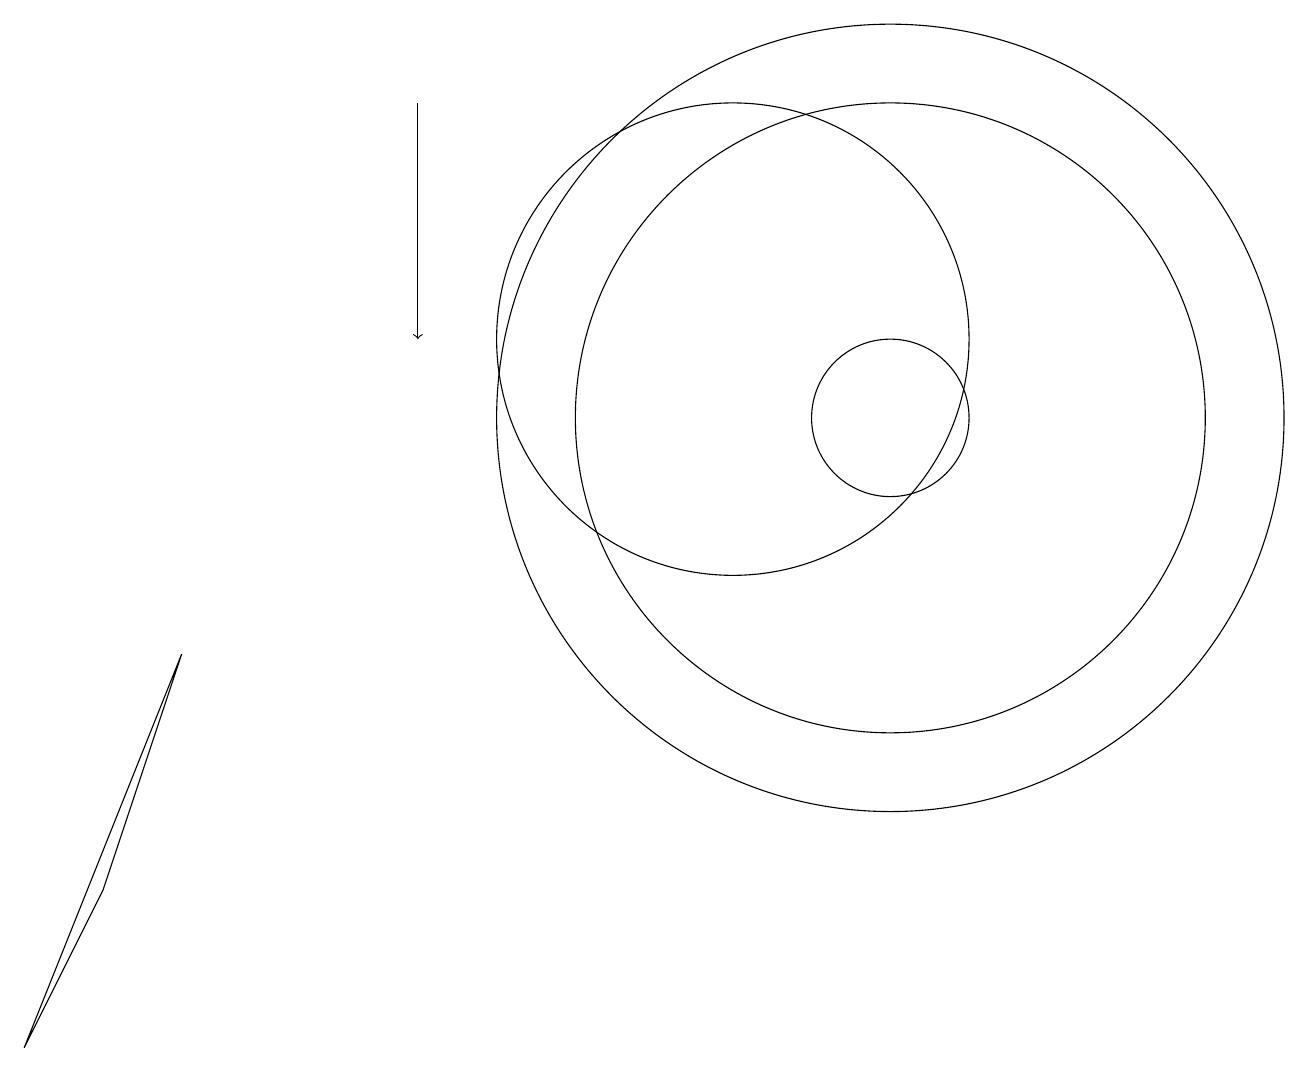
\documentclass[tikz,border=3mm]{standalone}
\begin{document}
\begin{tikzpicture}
\draw (12,10) circle (1);
\draw (12,10) circle (5);
\draw (12,10) circle (4);
\draw (2,4) -- (3,7) -- (1,2) -- cycle;
\draw[->] (6,14) -- (6,11);
\draw (10,11) circle (3);
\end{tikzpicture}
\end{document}